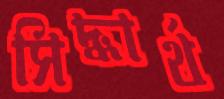
সিদ্ধার্থ